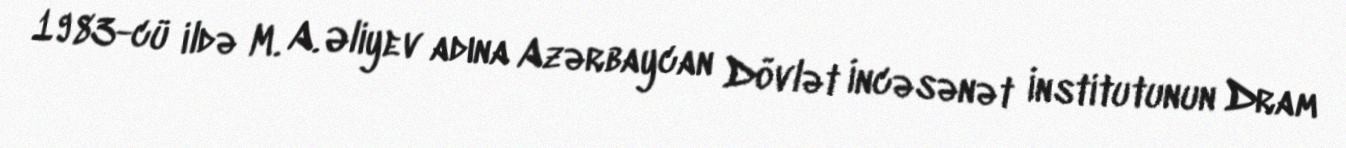
1983-cü ildə M. A. Əliyev adına Azərbaycan Dövlət İncəsənət İnstitutunun Dram